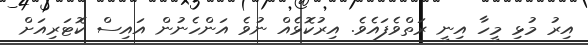
އިރު މުޅި މީހާ އިނީ ރަތްވެފައެވެ. އިރުކޮޅެއް ނުވެ އަންހެނުން އައިސް ކޮޓަރިއަށް